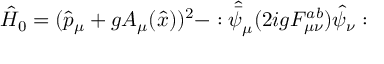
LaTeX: \hat { H } _ { 0 } = ( \hat { p } _ { \mu } + g A _ { \mu } ( \hat { x } ) ) ^ { 2 } - : \hat { \bar { \psi } } _ { \mu } ( 2 i g F _ { \mu \nu } ^ { a b } ) \hat { \psi } _ { \nu } :